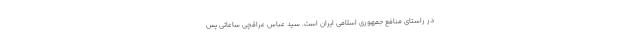
در راستای منافع جمهوری اسلامی ایران است. سید عباس عراقچی ساعاتی پس